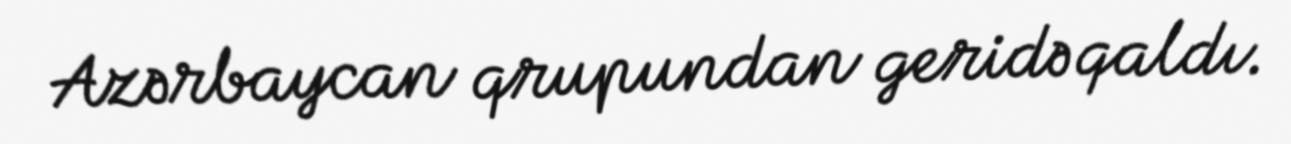
Azərbaycan qrupundan geridə qaldı.